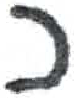
אות: כ